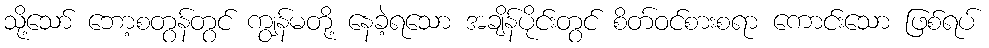
သို့သော် ဘော့စတွန်တွင် ကျွန်မတို့ နေခဲ့ရသော အချိန်ပိုင်းတွင် စိတ်ဝင်စားစရာ ကောင်းသော ဖြစ်ရပ်